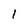
Character: 1